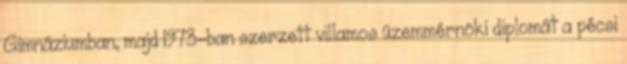
Gimnáziumban, majd 1973-ban szerzett villamos üzemmérnöki diplomát a pécsi